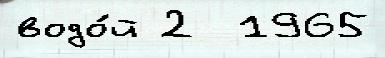
водо́й 2  1965